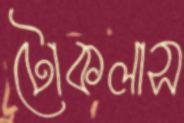
টোকলাস